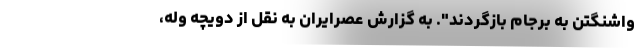
واشنگتن به برجام بازگردند". به گزارش عصرایران به نقل از دویچه وله،